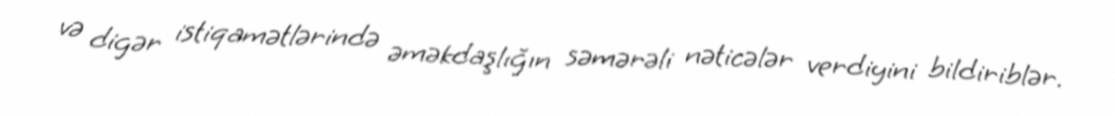
və digər istiqamətlərində əməkdaşlığın səmərəli nəticələr verdiyini bildiriblər.